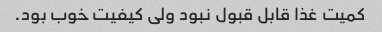
کمیت غذا قابل قبول نبود ولی کیفیت خوب بود.